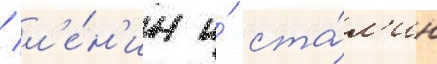
/ л'е́н'ин и́ ста́л'ин